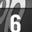
Digit: 6